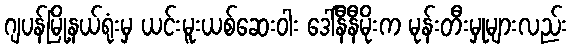
ဂျပန်မြို့နယ်ရုံးမှ ယင်းမူးယစ်ဆေးဝါး ဒေါ်နီနီမိုးက မုန်းတီးမှုများလည်း